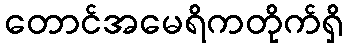
တောင်အမေရိကတိုက်ရှိ